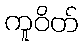
ကူဝိတ်